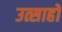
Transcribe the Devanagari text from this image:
उत्साहों